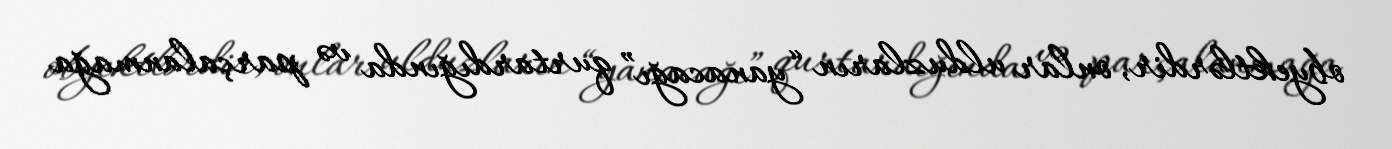
obyektlərdir, onlar ulduzların “yanacağı” qurtardığında və parçalanmağa